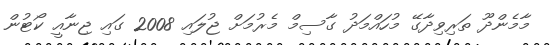
މާމެންދޫ ތަރިވިދާގޭ މުހައްމަދު ގާސިމް މެރުމަށް ޖުލައި 2008 ގައި ޖިނާއީ ކޯޓުން